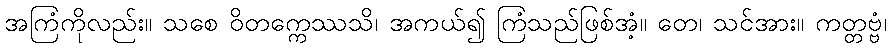
အကြံကိုလည်း။ သစေ ဝိတက္ကေဿသိ၊ အကယ်၍ ကြံသည်ဖြစ်အံ့။ တေ၊ သင်အား။ ကတ္တဗ္ဗံ၊